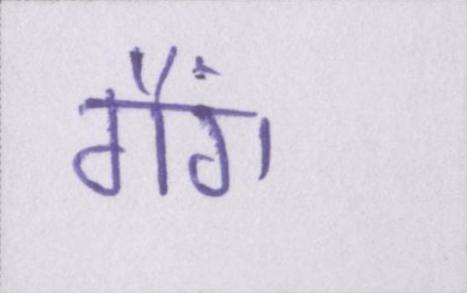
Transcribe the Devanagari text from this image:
गैंग